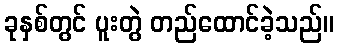
ခုနှစ်တွင် ပူးတွဲ တည်ထောင်ခဲ့သည်။